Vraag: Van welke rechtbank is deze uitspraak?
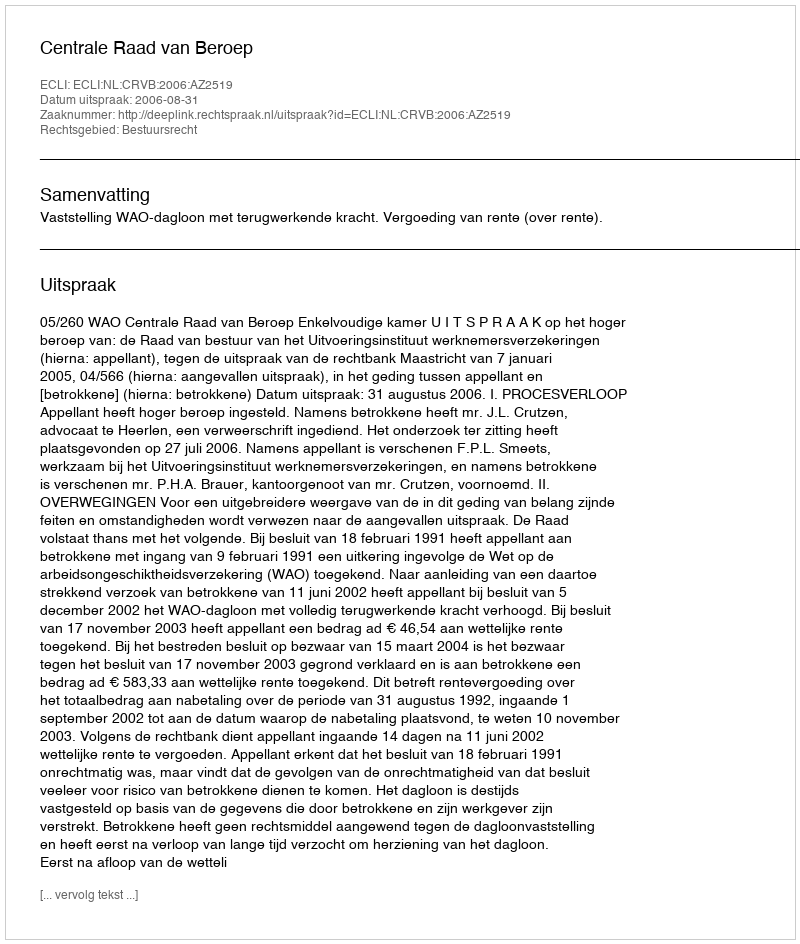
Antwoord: Centrale Raad van Beroep